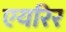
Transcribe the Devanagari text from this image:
एयरिर